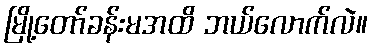
မြို့တော်ခန်းမအထိ ဘယ်လောက်လဲ။